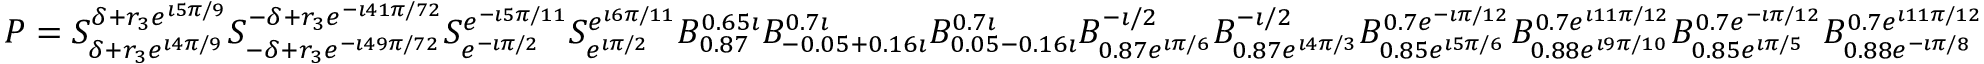
P = S _ { \delta + r _ { 3 } e ^ { \imath 4 \pi / 9 } } ^ { \delta + r _ { 3 } e ^ { \imath 5 \pi / 9 } } \allowbreak S _ { - \delta + r _ { 3 } e ^ { - \imath 4 9 \pi / 7 2 } } ^ { - \delta + r _ { 3 } e ^ { - \imath 4 1 \pi / 7 2 } } \allowbreak S _ { e ^ { - \imath \pi / 2 } } ^ { e ^ { - \imath 5 \pi / 1 1 } } \allowbreak S _ { e ^ { \imath \pi / 2 } } ^ { e ^ { \imath 6 \pi / 1 1 } } \allowbreak B _ { 0 . 8 7 } ^ { 0 . 6 5 \imath } \allowbreak B _ { - 0 . 0 5 + 0 . 1 6 \imath } ^ { 0 . 7 \imath } \allowbreak B _ { 0 . 0 5 - 0 . 1 6 \imath } ^ { 0 . 7 \imath } \allowbreak B _ { 0 . 8 7 e ^ { \imath \pi / 6 } } ^ { - \imath / 2 } \allowbreak B _ { 0 . 8 7 e ^ { \imath 4 \pi / 3 } } ^ { - \imath / 2 } \allowbreak B _ { 0 . 8 5 e ^ { \imath 5 \pi / 6 } } ^ { 0 . 7 e ^ { - \imath \pi / 1 2 } } \allowbreak B _ { 0 . 8 8 e ^ { \imath 9 \pi / 1 0 } } ^ { 0 . 7 e ^ { \imath 1 1 \pi / 1 2 } } \allowbreak B _ { 0 . 8 5 e ^ { \imath \pi / 5 } } ^ { 0 . 7 e ^ { - \imath \pi / 1 2 } } \allowbreak B _ { 0 . 8 8 e ^ { - \imath \pi / 8 } } ^ { 0 . 7 e ^ { \imath 1 1 \pi / 1 2 } }